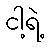
ငါ့ရဲ့